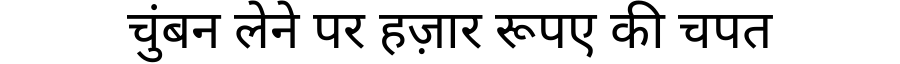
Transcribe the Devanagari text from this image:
चुंबन लेने पर हज़ार रूपए की चपत